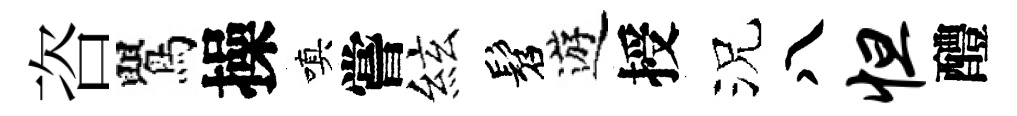
咨鸎操嗔嘗絃髫遊授況八怛醴